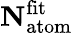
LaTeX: \mathbf{N}_{\mathrm{atom}}^{\mathrm{fit}}